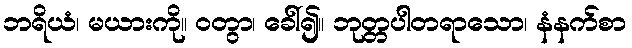
ဘရိယံ၊ မယားကို။ ဝတွာ၊ ခေါ်၍။ ဘုတ္တပါတရာသော၊ နံနက်စာ